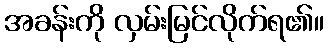
အခန်းကို လှမ်းမြင်လိုက်ရ၏။